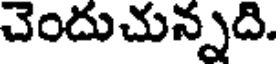
చెందుచున్నది.